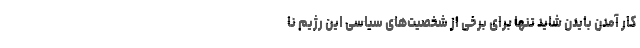
کار آمدن بایدن شاید تنها برای برخی از شخصیت­های سیاسی این رژیم نا